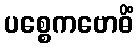
ပစ္စေကဗောဓိံ